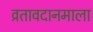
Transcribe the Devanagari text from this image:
व्रतावदानमाला